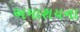
અમાશયના